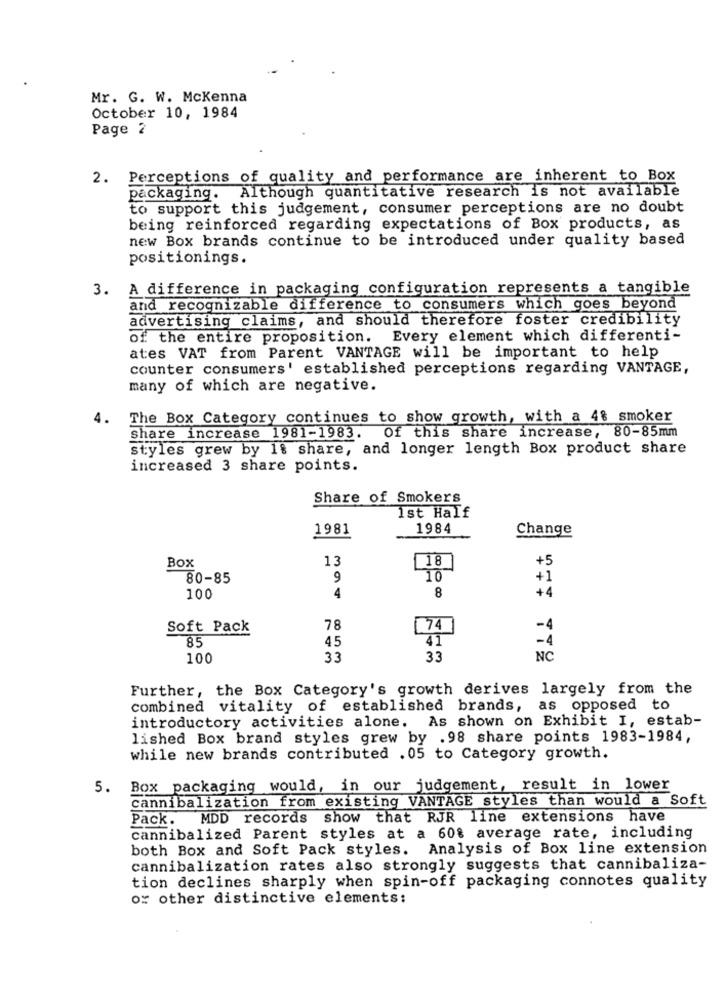
Mr. G. W. Mckenna
October 10, 1984
Page 2
2. Perceptions of quality and performance are inherent to Box
packaging. Although quantitative research is not available
to support this judgement, consumer perceptions are no doubt
being reinforced regarding expectations of Box products, as
new Box brands continue to be introduced under quality based
positionings.
3. A difference in packaging configuration represents a tangible
and recognizable difference to consumers which goes beyond
advertising claims, and should therefore foster credibility
of the entire proposition. Every element which differenti-
ates VAT from Parent VANTAGE will be important to help
counter consumers' established perceptions regarding VANTAGE,
many of which are negative.
4.
The Box Category continues to show growth, with a 48 smoker
Of this share increase, 80-85mm
Share increase 1981-1983.
styles grew by 18 share, and longer length Box product share
increased 3 share points.
Share of Smokers
1st Half
1981
1984
Change
Box
13
18
+5
80-85
9
10
+1
4
8
+4
100
Soft Pack
78
74
-4
85
45
41
-4
100
33
33
NC
Further, the Box Category's growth derives largely from the
combined vitality of established brands, as opposed to
introductory activities alone.
As shown on Exhibit I, estab-
lished Box brand styles grew by .98 share points 1983-1984,
while new brands contributed . 05 to Category growth.
5. Box packaging would, in our judgement, result in lower
cannibalization from existing VANTAGE styles than would a Soft
Pack. MDD records show that RJR line extensions have
cannibalized Parent styles at a 60% average rate, including
both Box and Soft Pack styles. Analysis of Box line extension
cannibalization rates also strongly suggests that cannibaliza-
tion declines sharply when spin-off packaging connotes quality
or other distinctive elements: